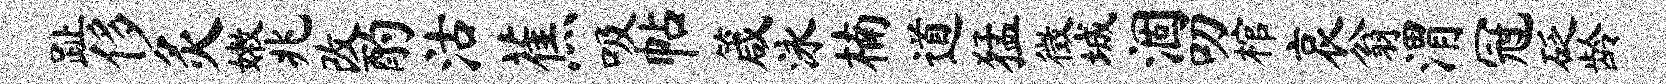
趾侈灸嫩兆改酌沽蕉吸帖箴泳楠道猛徵城涸叨棺哀翁渭冠砭龄